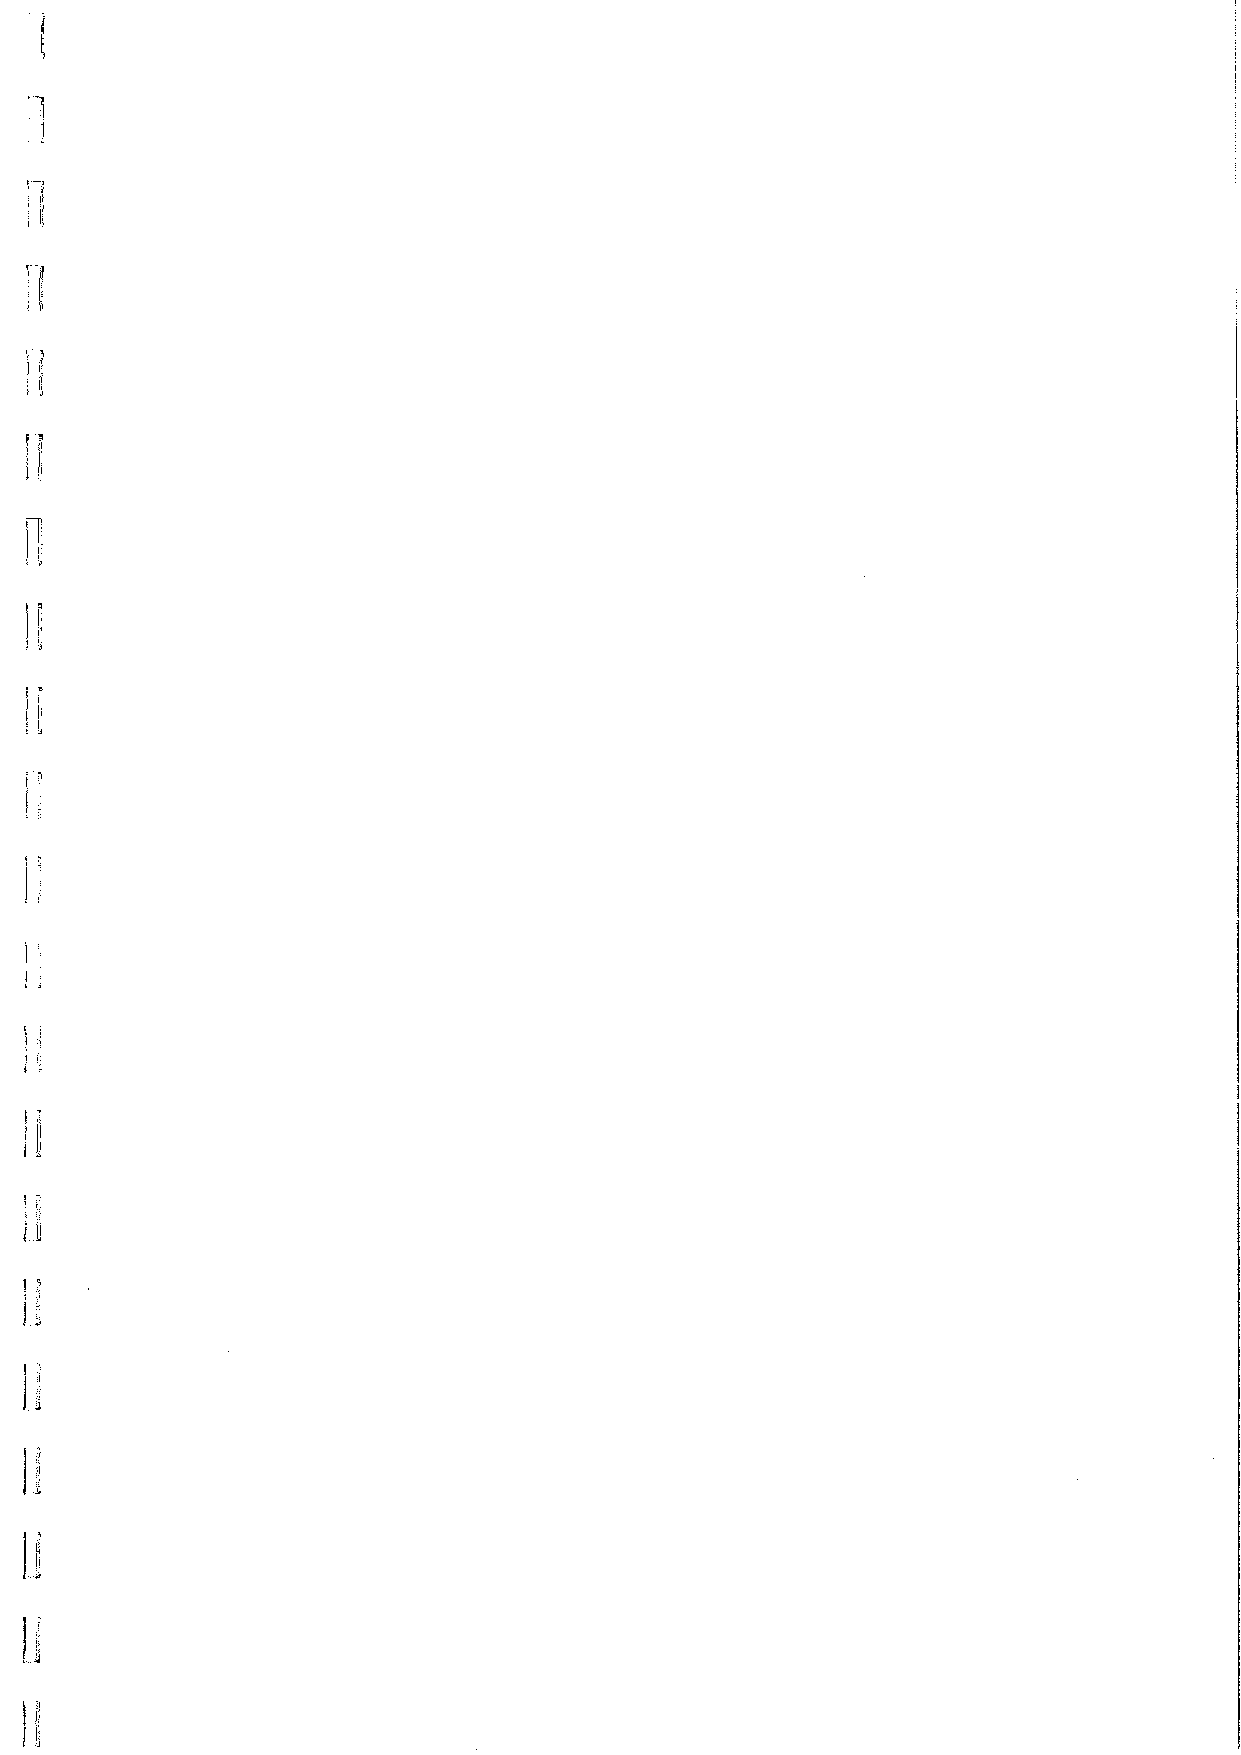
)1
 1
 1
 $ IJ